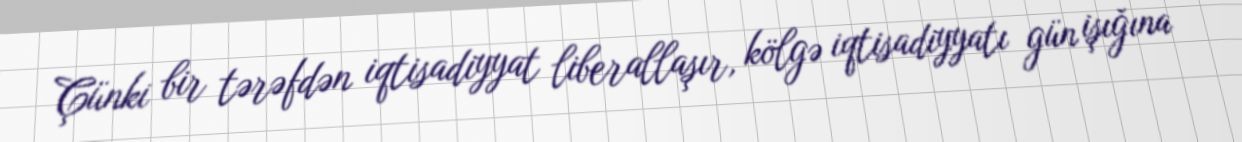
Çünki bir tərəfdən iqtisadiyyat liberallaşır, kölgə iqtisadiyyatı gün işığına